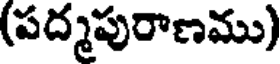
(పద్మపురాణము)